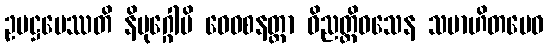
ဥပဋ္ဌပေဿတိ နိမုဂ္ဂေါပိ ဝေဝစနတ္တာ ဝိညတ္တိဝသေန သမာဟိတမေဝ